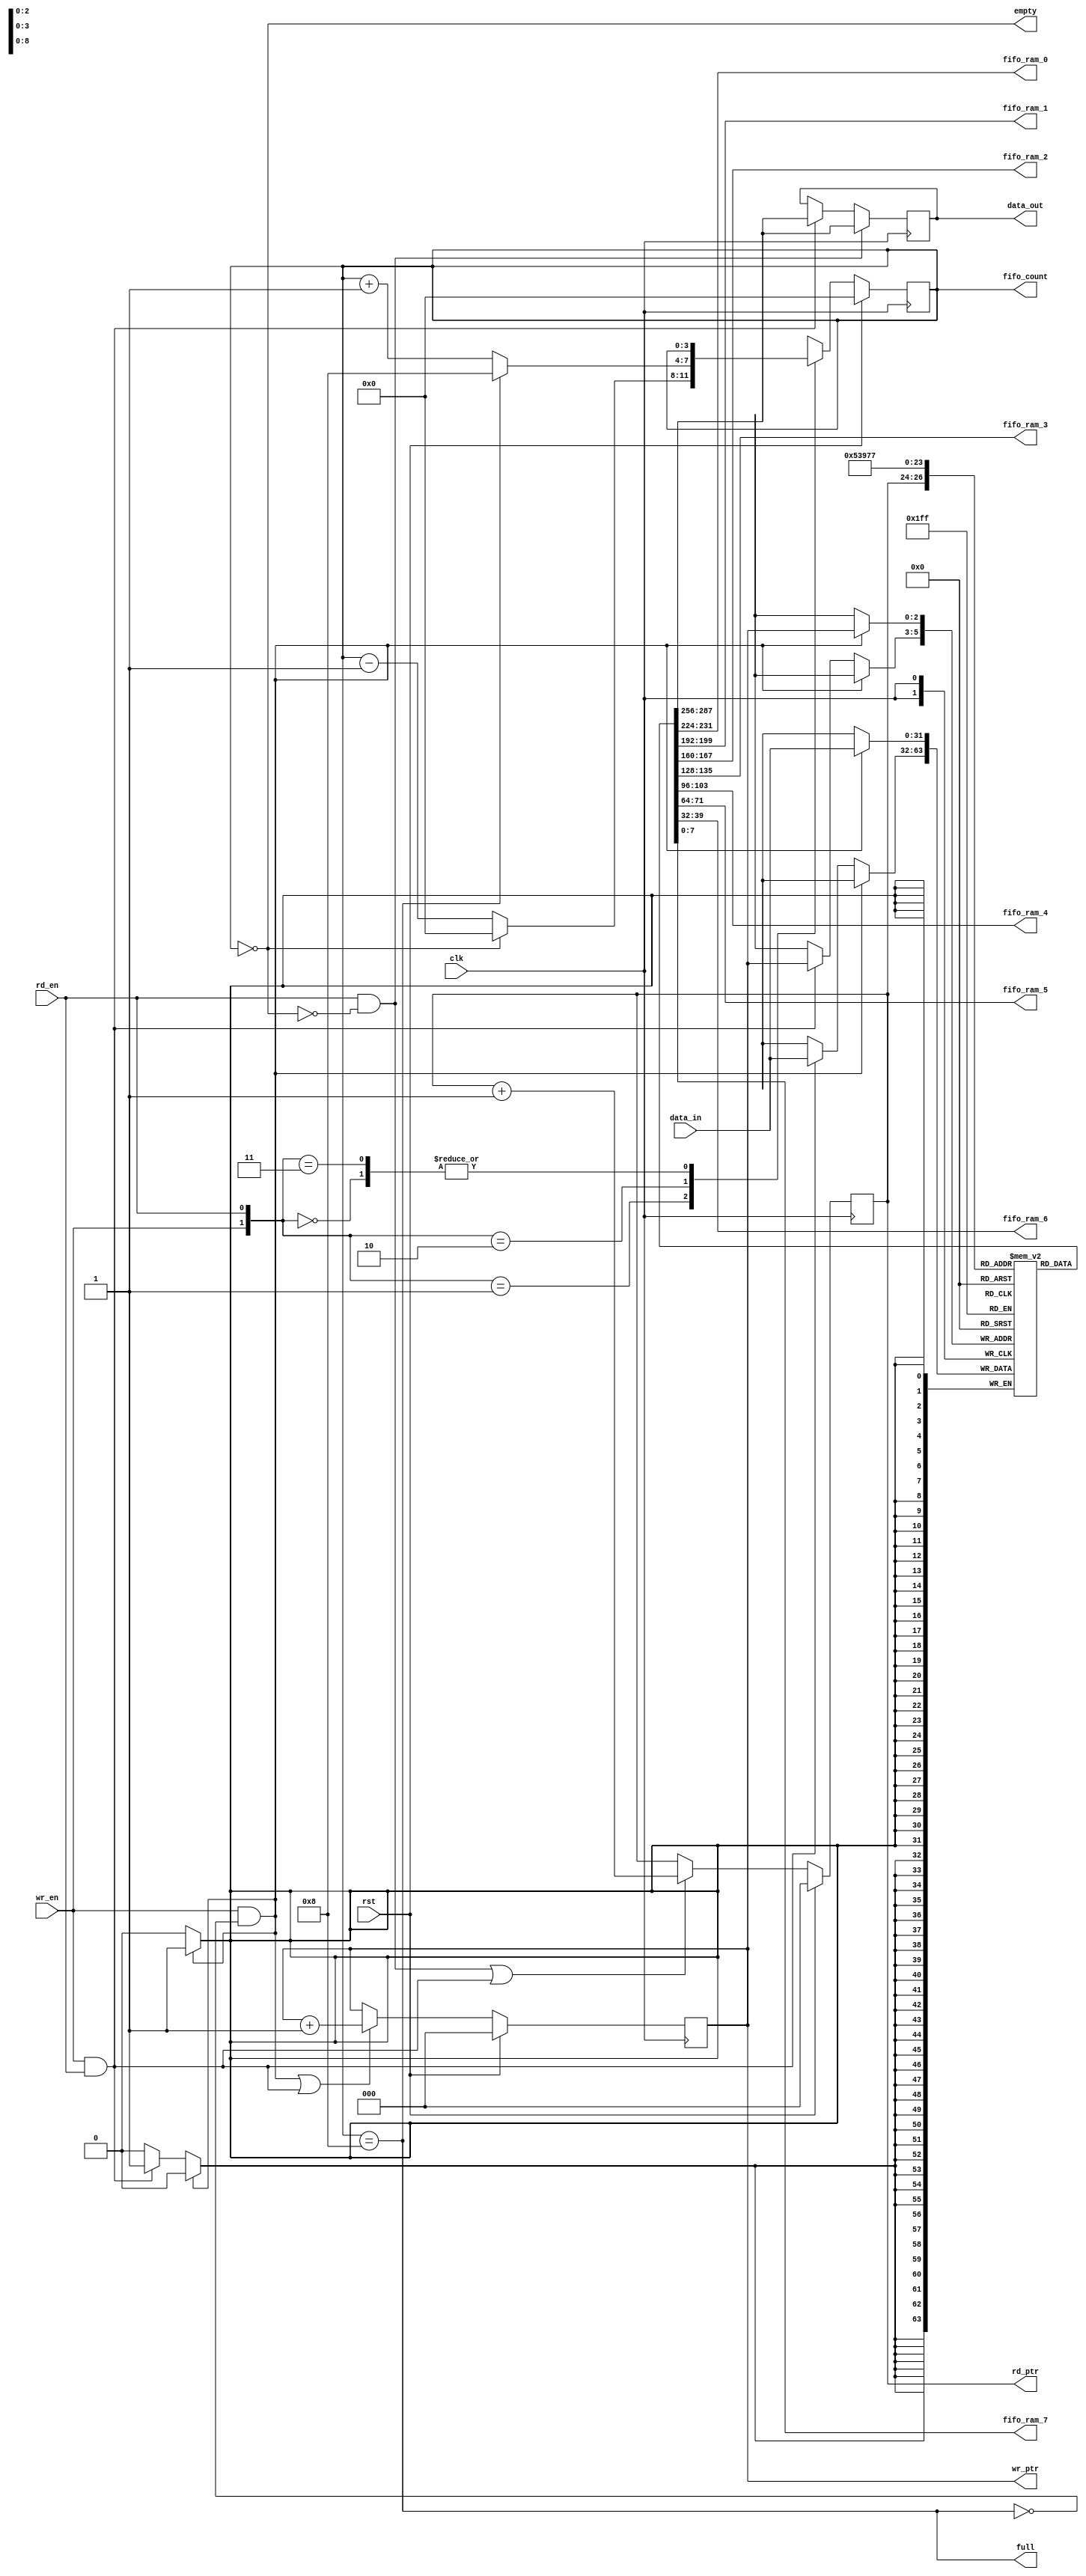
`timescale 1ns/100ps

module fifo
    (
        // ----------------------------------------------------------------
        // INPUTS
        input                               clk                 ,
        input                               rst                 , 
        input          [32      -1:0]       data_in             ,
        // Input to enable writing
        input                               wr_en               ,
        // Input to enable reading
        input                               rd_en               ,   

        // OUTPUTS
        // Output for reading data from memory
        output reg     [32      -1:0]       data_out            ,
        
        // Output to indicate if the memory is empty
        output                              empty               ,
        // Output to indicate if the memory is full
        output                              full                ,
        // Output for test fifo_counter register                  
        output          [4      -1:0]       fifo_count          ,
        // Output for test wr_pointer register
        output          [3      -1:0]       wr_ptr              ,
        // Output for test rd_pointer register
        output          [3      -1:0]       rd_ptr              ,

        // Output for test fifo_ram[0]
        output          [8      -1:0]       fifo_ram_0          ,
        // Output for test fifo_ram[1]
        output          [8      -1:0]       fifo_ram_1          ,
        // Output for test fifo_ram[2]
        output          [8      -1:0]       fifo_ram_2          ,
        // Output for test fifo_ram[3]
        output          [8      -1:0]       fifo_ram_3          ,
        // Output for test fifo_ram[4]
        output          [8      -1:0]       fifo_ram_4          ,
        // Output for test fifo_ram[5]
        output          [8      -1:0]       fifo_ram_5          ,
        // Output for test fifo_ram[6]
        output          [8      -1:0]       fifo_ram_6          ,
        // Output for test fifo_ram[7]
        output          [8      -1:0]       fifo_ram_7          
            		  		  
    );

        // ----------------------------------------------------------------
        // REGS
        // Register for tracking the number of words in memory                  
        reg             [4      -1:0]       fifo_counter    =   4'b 0000   ;
        // Pointer to indicate where the next word should be written
        reg             [3      -1:0]       wr_pointer      =   3'b 000   ;
        // Pointer - from which cell the next word should be read
        reg             [3      -1:0]       rd_pointer      =   3'b 000   ;
        // Register for store eight 32 bits words
        reg            [32      -1:0]       fifo_ram            [0:7]   ;
        

        // ----------------------------------------------------------------
        // Assigments 
        assign  empty           =   (fifo_counter   ==  0)                  ;
        assign  full            =   (fifo_counter   ==  8)                  ;
        assign  fifo_count      =   fifo_counter                            ;
        assign  wr_ptr          =   wr_pointer                              ;
        assign  rd_ptr          =   rd_pointer                              ;

        // ----------------------------------------------------------------
        // Memory tracking
        assign  fifo_ram_0          =   fifo_ram[0]                         ;
        assign  fifo_ram_1          =   fifo_ram[1]                         ;
        assign  fifo_ram_2          =   fifo_ram[2]                         ;
        assign  fifo_ram_3          =   fifo_ram[3]                         ;
        assign  fifo_ram_4          =   fifo_ram[4]                         ;
        assign  fifo_ram_5          =   fifo_ram[5]                         ;
        assign  fifo_ram_6          =   fifo_ram[6]                         ;
        assign  fifo_ram_7          =   fifo_ram[7]                         ;


    // --------------------------------------------------------------------
    // PROCEDURAL BLOCKS        PROCEDURAL BLOCKS        PROCEDURAL BLOCKS
    // --------------------------------------------------------------------


    // --------------------------------------------------------------------
    // WRITE BLOCK
    always  @   (posedge clk)   begin:  write
        // If write is enabled and full is not true
        if      (wr_en == 1  &&  full != 1)
            // save input data in memory at the indicated position
            fifo_ram [wr_pointer]   <=  data_in                         ;
        // If write is enabled and in the same time read is enabled
        else if (wr_en == 1  &&  rd_en == 1)
            // save input data in memory at the indicated position
            fifo_ram [wr_pointer]   <=  data_in                         ;
    end 

    // --------------------------------------------------------------------
    // READ BLOCK
    always  @   (posedge clk )   begin:  read
        // If read is enabled and empty is not true
        if      (rd_en == 1  &&  empty != 1)
            // get the output from the indicated position in the memory
            data_out    <=  fifo_ram [rd_pointer]                       ;
        // If write is enabled and in the same time read is enabled
        else if (wr_en == 1  &&  rd_en == 1)
            // get the output from the indicated position in the memory
            data_out    <=  fifo_ram [rd_pointer]                       ;
    end

    // --------------------------------------------------------------------
    // POINTER BLOCK                    
    always  @   (posedge clk) begin: pointer
        if (rst == 1) begin // If reset is enabled
            wr_pointer  <=  0; // reset write counter (pointer)
            rd_pointer  <=  0; // and reset read counter (pointer)
        end
        else  begin
            // If write is enabled and full is not true
            // or both write and read are enabled
            if ( (wr_en == 1  &&  full  == 0)  ||  (wr_en == 1  &&  rd_en  == 1) ) 
                // increase write counter (pointer)
                wr_pointer  <=  wr_pointer + 1                          ;
            else
                // Otherwise let the counter value remain the same
                wr_pointer  <=  wr_pointer                              ;
            // If read is enabled and empty is not true
            // or both write and read are enabled
            if ( (rd_en == 1  &&  empty == 0)  ||  (wr_en == 1  &&  rd_en  == 1) ) 
                // increase write counter (pointer)
                rd_pointer  <=  rd_pointer + 1                          ;
            else  
                // Otherwise let the counter value remain the same
                rd_pointer  <=  rd_pointer                              ;
        end
    end

    // --------------------------------------------------------------------
    // COUNTER BLOCK
    always  @   (posedge clk) begin: count
        if (rst == 1)  fifo_counter <= 0; 
        else begin 
            // Concatenate write and read pointer (counter)
            case ({wr_en,rd_en})

                // Case 1: If write is not enabled and read is not enabled
                // the value of memory tarcking counter remain the same
                // (because nothing happens)
                2'b     00  :   fifo_counter    <=    fifo_counter ;    
                  
                // Case 2: If write is not enabled and read is enabled
                                // If there is nothing in memory (empty)
                2'b     01  :   if (fifo_counter  ==  0)
                                // let the counter value remain the zero
                                fifo_counter    <=    0                    ;
                                else
                                // If there is a word(s) in memory
                                // reduce the counter by one                              
                                fifo_counter    <=    fifo_counter  -  1   ;
                            

                // Case 3: If write is enabled and read is not enabled
                                // If counter is equal to eight (is full)                                
                2'b     10  :   if (fifo_counter  ==  8)
                                // let the counter value remain the same
                                fifo_counter    <=    8                    ;
                                else
                                // If memory tracking counter is not full
                                // increase its value by one unit                            
                                fifo_counter    <=    fifo_counter  +  1   ;

                // Case 4: If write is enabled and read is also enabled
                // the value of memory tarcking counter remain the same
                // (because one word enters and at the same time another
                // word leaves the FIFO memory)
                2'b     11  :   fifo_counter    <=    fifo_counter         ;
            endcase
        end                            
    end 

endmodule